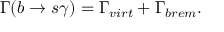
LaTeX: \Gamma ( b \to s \gamma ) = \Gamma _ { v i r t } + \Gamma _ { b r e m } .